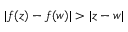
| f ( z ) - f ( w ) | > | z - w |